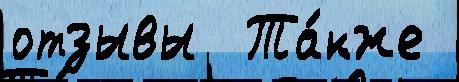
отзывы  Та́кже